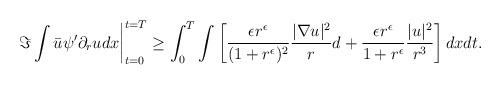
LaTeX: \begin{align*} \left. \Im\int\bar{u}\psi' \partial_{r} u dx\right|_{t=0}^{t=T} \ge \int_{0}^{T} \int \left[ \frac{\epsilon r^{\epsilon}}{(1+r^{\epsilon})^{2}} \frac{|\nabla u|^{2}}{r}d + \frac{\epsilon r^{\epsilon}}{1+r^{\epsilon}} \frac{|u|^{2}}{r^{3}} \right] dxdt. \end{align*}